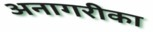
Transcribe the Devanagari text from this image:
अनागरीका